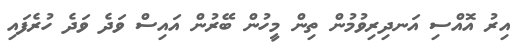
އިރު އޮއްސި އަނދިރިވުމުން ތިން މީހުން ބޭރުން އައިސް ވަދެ ވަދެ ހުރެފައި